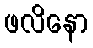
ဖလိနော